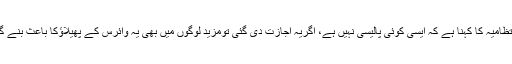
انتظامیہ کا کہنا ہے کہ ایسی کوئی پالیسی نہیں ہے، اگریہ اجازت دی گئی تومزید لوگوں میں بھی یہ وائرس کے پھیلاﺅکا باعث بنے گا۔